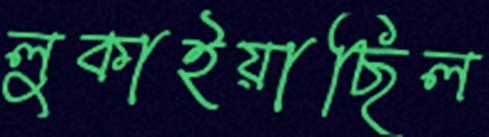
লুকাইয়াছিল